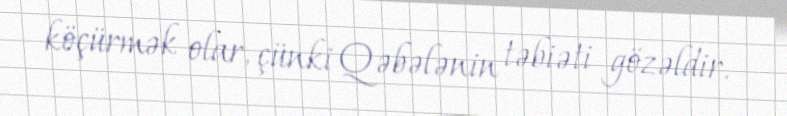
köçürmək olar, çünki Qəbələnin təbiəti gözəldir.